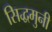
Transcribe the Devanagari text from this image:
सिद्धमुनी